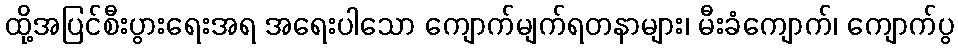
ထို့အပြင်စီးပွားရေးအရ အရေးပါသော ကျောက်မျက်ရတနာများ၊ မီးခံကျောက်၊ ကျောက်ပွ